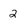
Character: 2